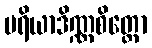
ပရိယာဒိဏ္ဏစိတ္တော